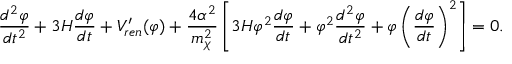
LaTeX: \frac { d ^ { 2 } \varphi } { d t ^ { 2 } } + 3 H \frac { d \varphi } { d t } + V _ { r e n } ^ { \prime } ( \varphi ) + { \frac { 4 \alpha ^ { 2 } } { m _ { \chi } ^ { 2 } } } \left[ 3 H \varphi ^ { 2 } \frac { d \varphi } { d t } + \varphi ^ { 2 } \frac { d ^ { 2 } \varphi } { d t ^ { 2 } } + \varphi \left( \frac { d \varphi } { d t } \right) ^ { 2 } \right] = 0 . \nonumber